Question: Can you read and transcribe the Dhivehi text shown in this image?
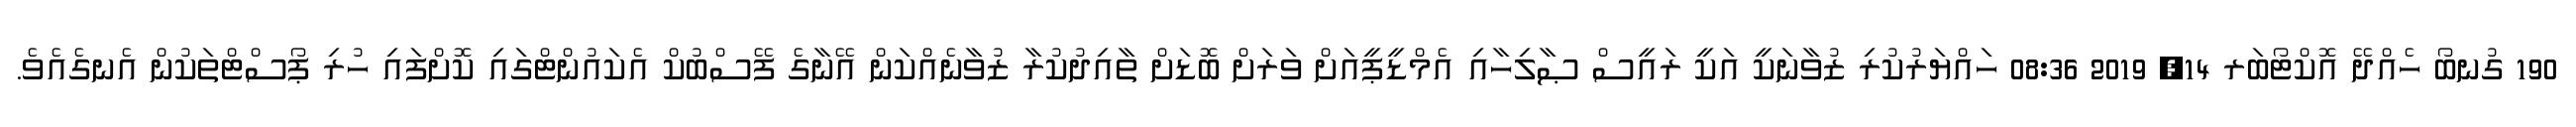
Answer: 190 ގުނބޯ ހެއްދޭ އޮކްޓޯބަރ 14, 2019 08:36 ހައްޔަރުކުރި ޒުވާނަކީ އަކީ ރައީސް ޞާލިހާއި އެމްޑީޕީއަށް ވަރަށް ބޮޑަށް ތާއިދުކުރާ ޒުވާނެއްކަން އޭނާގެ ފޭސްބުކް އެކައުންޓްގައި ކޮށްފައި ހުރި ޕޯސްޓްތަކުން އެނގެއެވެ.